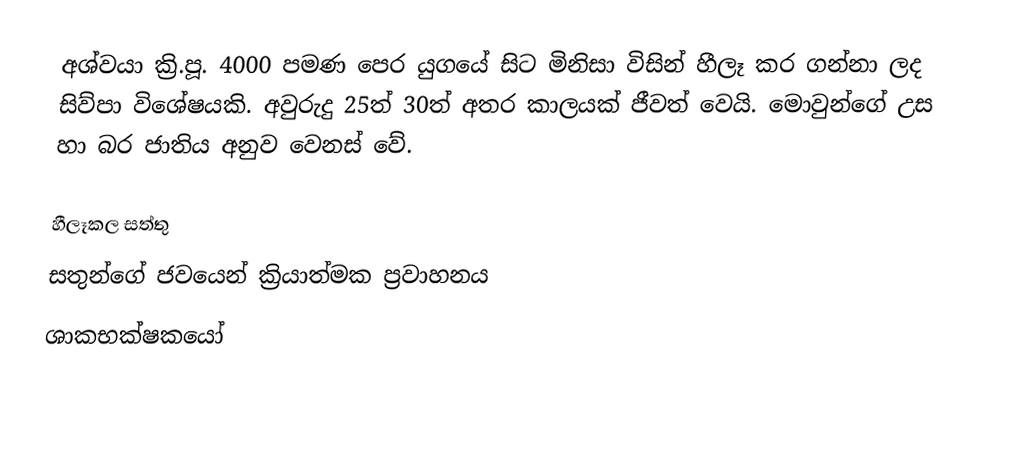
අශ්වයා ක්‍රි.පූ. 4000 පමණ පෙර යුගයේ සිට මිනිසා විසින් හීලෑ කර ගන්නා ලද සිව්පා විශේෂයකි. අවුරුදු 25ත් 30ත් අතර කාලයක් ජීවත් වෙයි. මොවුන්ගේ උස හා බර ජාතිය අනුව වෙනස් වේ.

හීලෑකල සත්තු
සතුන්ගේ ජවයෙන් ක්‍රියාත්මක ප්‍රවාහනය
ශාකභක්ෂකයෝ